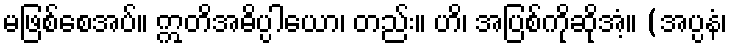
မဖြစ်စေအပ်။ ဣတိအဓိပ္ပါယော၊ တည်း။ ဟိ၊ အပြစ်ကိုဆိုအံ့။ (အပ္ပနံ၊